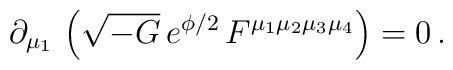
\partial_{\mu_1}\, \left(\sqrt{-G}\, e^{\phi/2}\, F^{\mu_1 \mu_2 \mu_3 \mu_4}\right) = 0 \, .